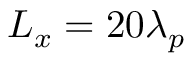
L _ { x } = 2 0 \lambda _ { p }